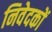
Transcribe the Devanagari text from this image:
निवेदकों